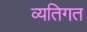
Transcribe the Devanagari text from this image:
व्‍यतिगत